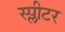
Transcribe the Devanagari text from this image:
स्प्लीटर